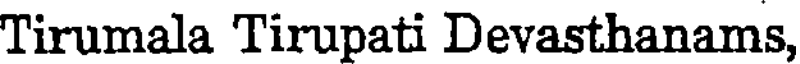
Tirumala Tirupati Devasthanams,